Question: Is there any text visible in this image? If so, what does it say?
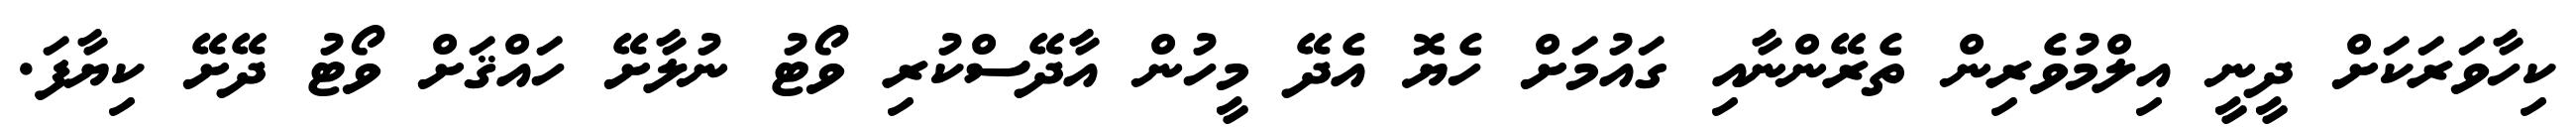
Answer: ކިހާވަރަކަށް ދީނީ އިލްމުވެރިން ތެރޭންނާއި ގައުމަށް ހެޔޮ އެދޭ މީހުން އާދޭސްކުރި ވޯޓު ނުލާށޭ ހައްޤަށް ވޯޓު ދޭށޭ ކިޔާފަ.